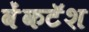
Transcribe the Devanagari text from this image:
वेंकटॅश